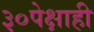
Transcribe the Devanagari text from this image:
३०पेक्षाही